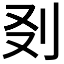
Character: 𠚿